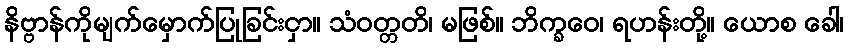
နိဗ္ဗာန်ကိုမျက်မှောက်ပြုခြင်းငှာ။ သံဝတ္တတိ၊ မဖြစ်။ ဘိက္ခဝေ၊ ရဟန်းတို့။ ယောစ ခေါ၊